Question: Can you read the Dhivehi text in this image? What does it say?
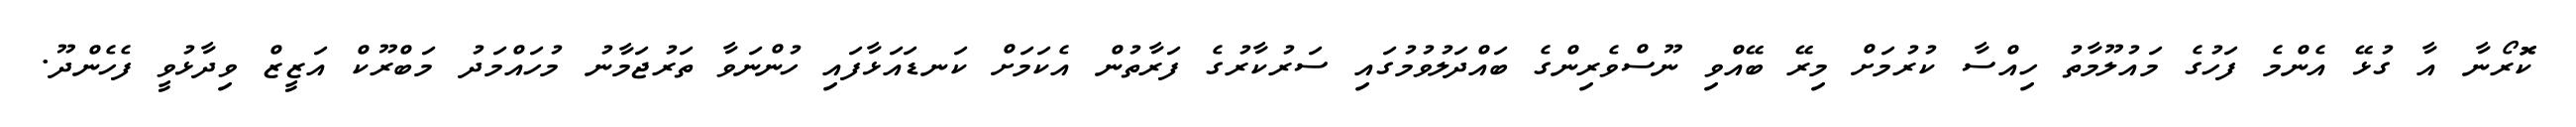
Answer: ކޮޮރޯނާ އާ ގުޅޭ އެންމެ ފަހުގެ މައުލޫމާތު ހިއްސާ ކުރުމަށް މިރޭ ބޭއްވި ނޫސްވެރިންގެ ބައްދަލުވުމުގައި ސަރުކާރުގެ ފަރާތުން އެކަމަށް ކަނޑައަޅާފައި ހުންނަވާ ތަރުޖަމާނު މުހައްމަދު މަބްރޫކް އަޒީޒް ވިދާޅުވީ ފެހެންދޫ.